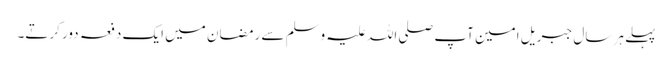
پہلے ہر سال جبریل امین آپ صلی اللہ علیہ وسلم سے رمضان میں ایک دفعہ دور کرتے۔